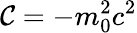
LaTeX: \mathcal{C}=-m_{0}^{2}c^{2}